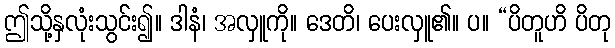
ဤသို့နှလုံးသွင်း၍။ ဒါနံ၊ အလှူကို။ ဒေတိ၊ ပေးလှူ၏။ ပ။ “ပိတူဟိ ပိတု